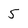
Character: 5